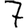
Digit: 7